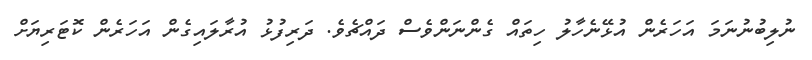
ނުލިބުނުނަމަ އަހަރެން އުޅޭނެހާލު ހިތައް ގެންނަންވެސް ދައްޗެވެ. ދަރިފުޅު އުރާލައިގެން އަހަރެން ކޮޓަރިޔަށް